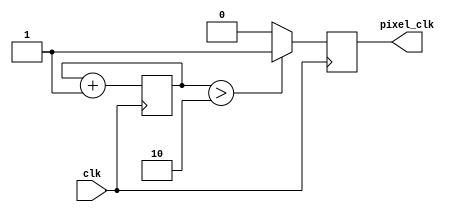
`timescale 1ns / 1ps
//////////////////////////////////////////////////////////////////////////////////
// Company: 
// Engineer: 
// 
// Design Name: 
// Module Name:    vgaclk 
// Project Name: 
// Target Devices: 
// Tool versions: 
// Description: 
//
// Dependencies: 
//
// Revision: 
// Revision 0.01 - File Created
// Additional Comments: 
//
//////////////////////////////////////////////////////////////////////////////////
module vgaclk(   input clk,
    output reg pixel_clk
 
    );


reg [1:0] count;


always @(posedge clk)
begin
count <= count + 1'b1;
if (count > 2'b10)
pixel_clk <= 1;
else
pixel_clk <= 0;
end

endmodule